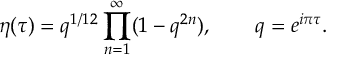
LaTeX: \eta ( \tau ) = q ^ { 1 / 1 2 } \prod _ { n = 1 } ^ { \infty } ( 1 - q ^ { 2 n } ) , \qquad q = e ^ { { i \pi \tau } } .